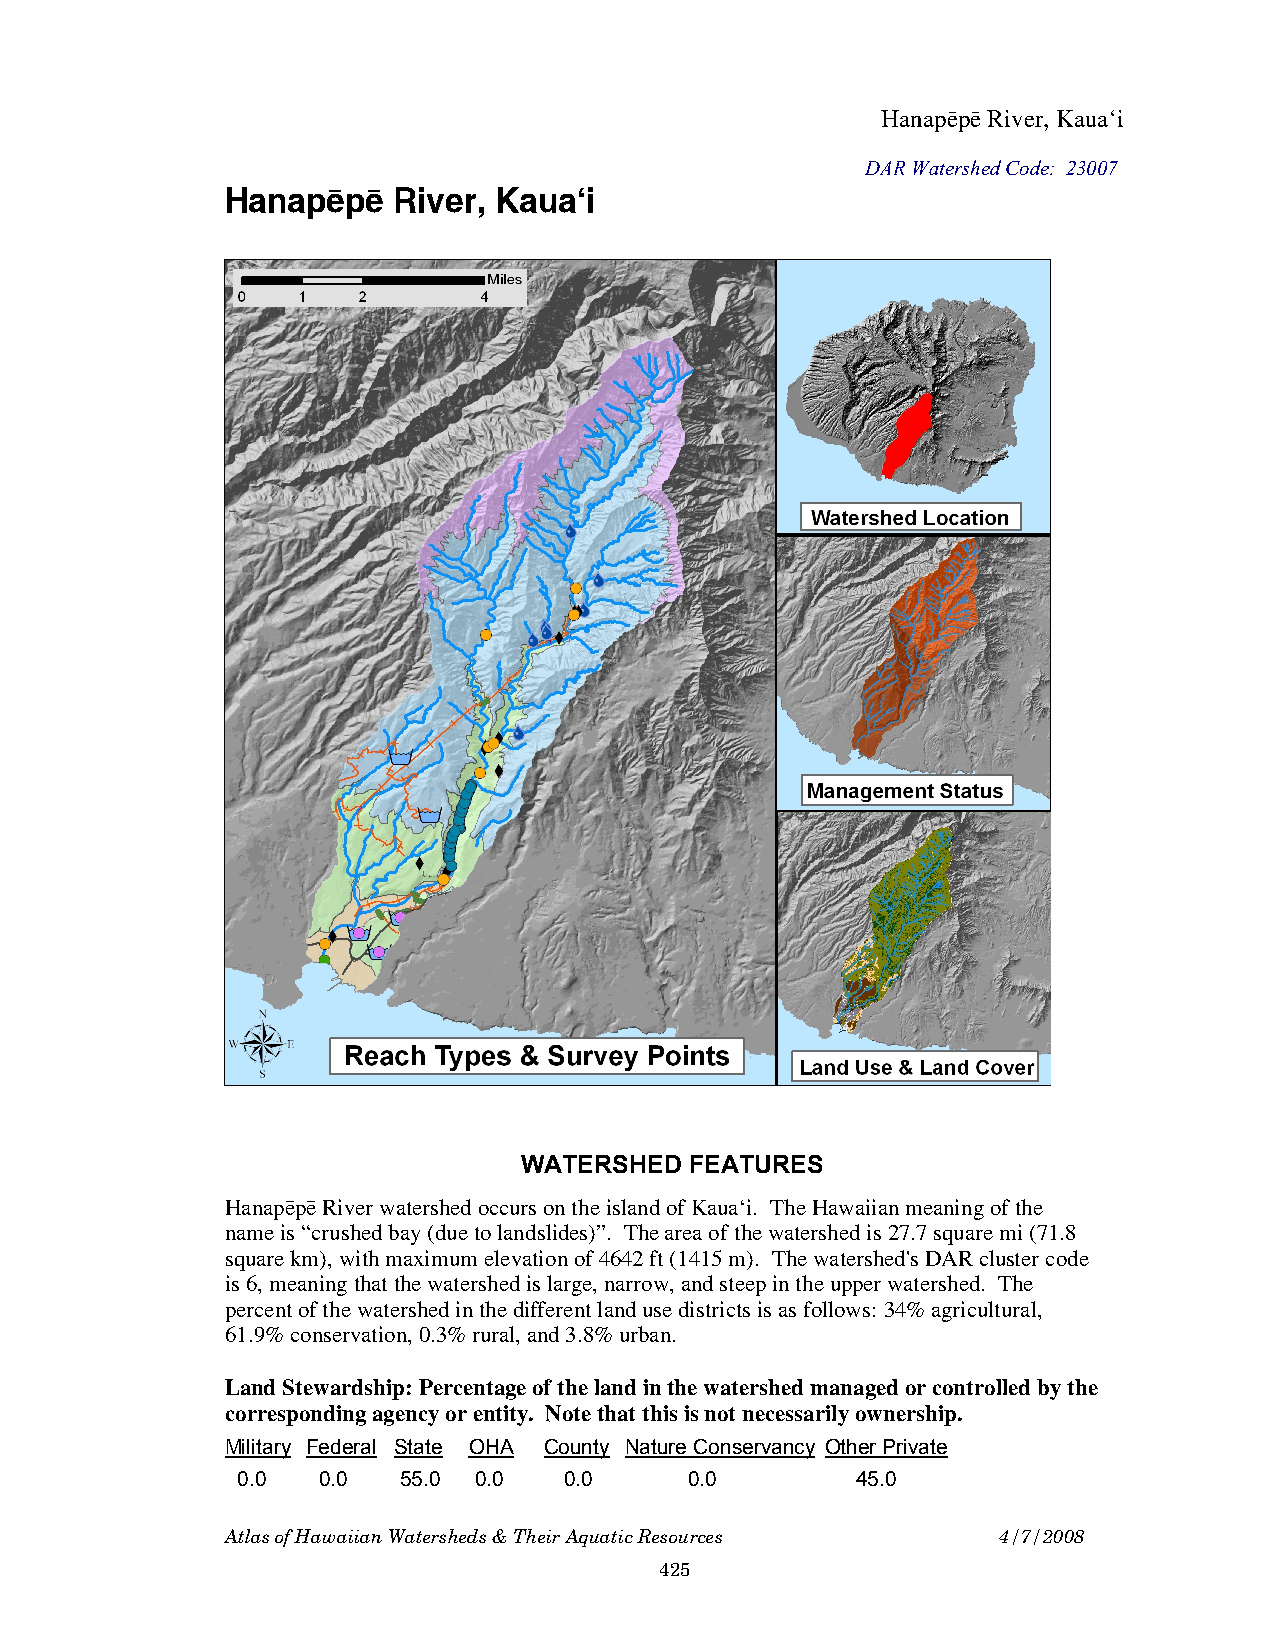
Hanapëpë River, Kauaÿi
 DAR Watershed Code: 23007
 Hanapëpë   River, Kauaÿi
 WATERSHED   FEATURES
 Hanapëpë River watershed occurs on the island of Kauaÿi. The Hawaiian meaning of the
 name is “crushed bay (due to landslides)”. The area of the watershed is 27.7 square mi (71.8
 square km), with maximum elevation of 4642 ft (1415 m). The watershed's DAR cluster code
 is 6, meaning that the watershed is large, narrow, and steep in the upper watershed. The
 percent of the watershed in the different land use districts is as follows: 34% agricultural,
 61.9% conservation, 0.3% rural, and 3.8% urban.
 Land Stewardship: Percentage of the land in the watershed managed or controlled by the
 corresponding agency or entity. Note that this is not necessarily ownership.
 Military Federal State OHA County Nature Conservancy Other Private
 0.0  0.0  55.0 0.0   0.0      0.0        45.0
 Atlas of Hawaiian Watersheds & Their Aquatic Resources 4/7/2008
 425